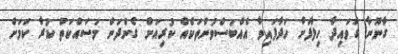
ގާނޫނާ ގަވައިދާ ހިލާފަށް ހަދާފައިވާ އެއްބަސްވުންތަކެއް ކުރިއަށް ގެންދަން މަސައްކަތް ކުރާ ކަމަށް